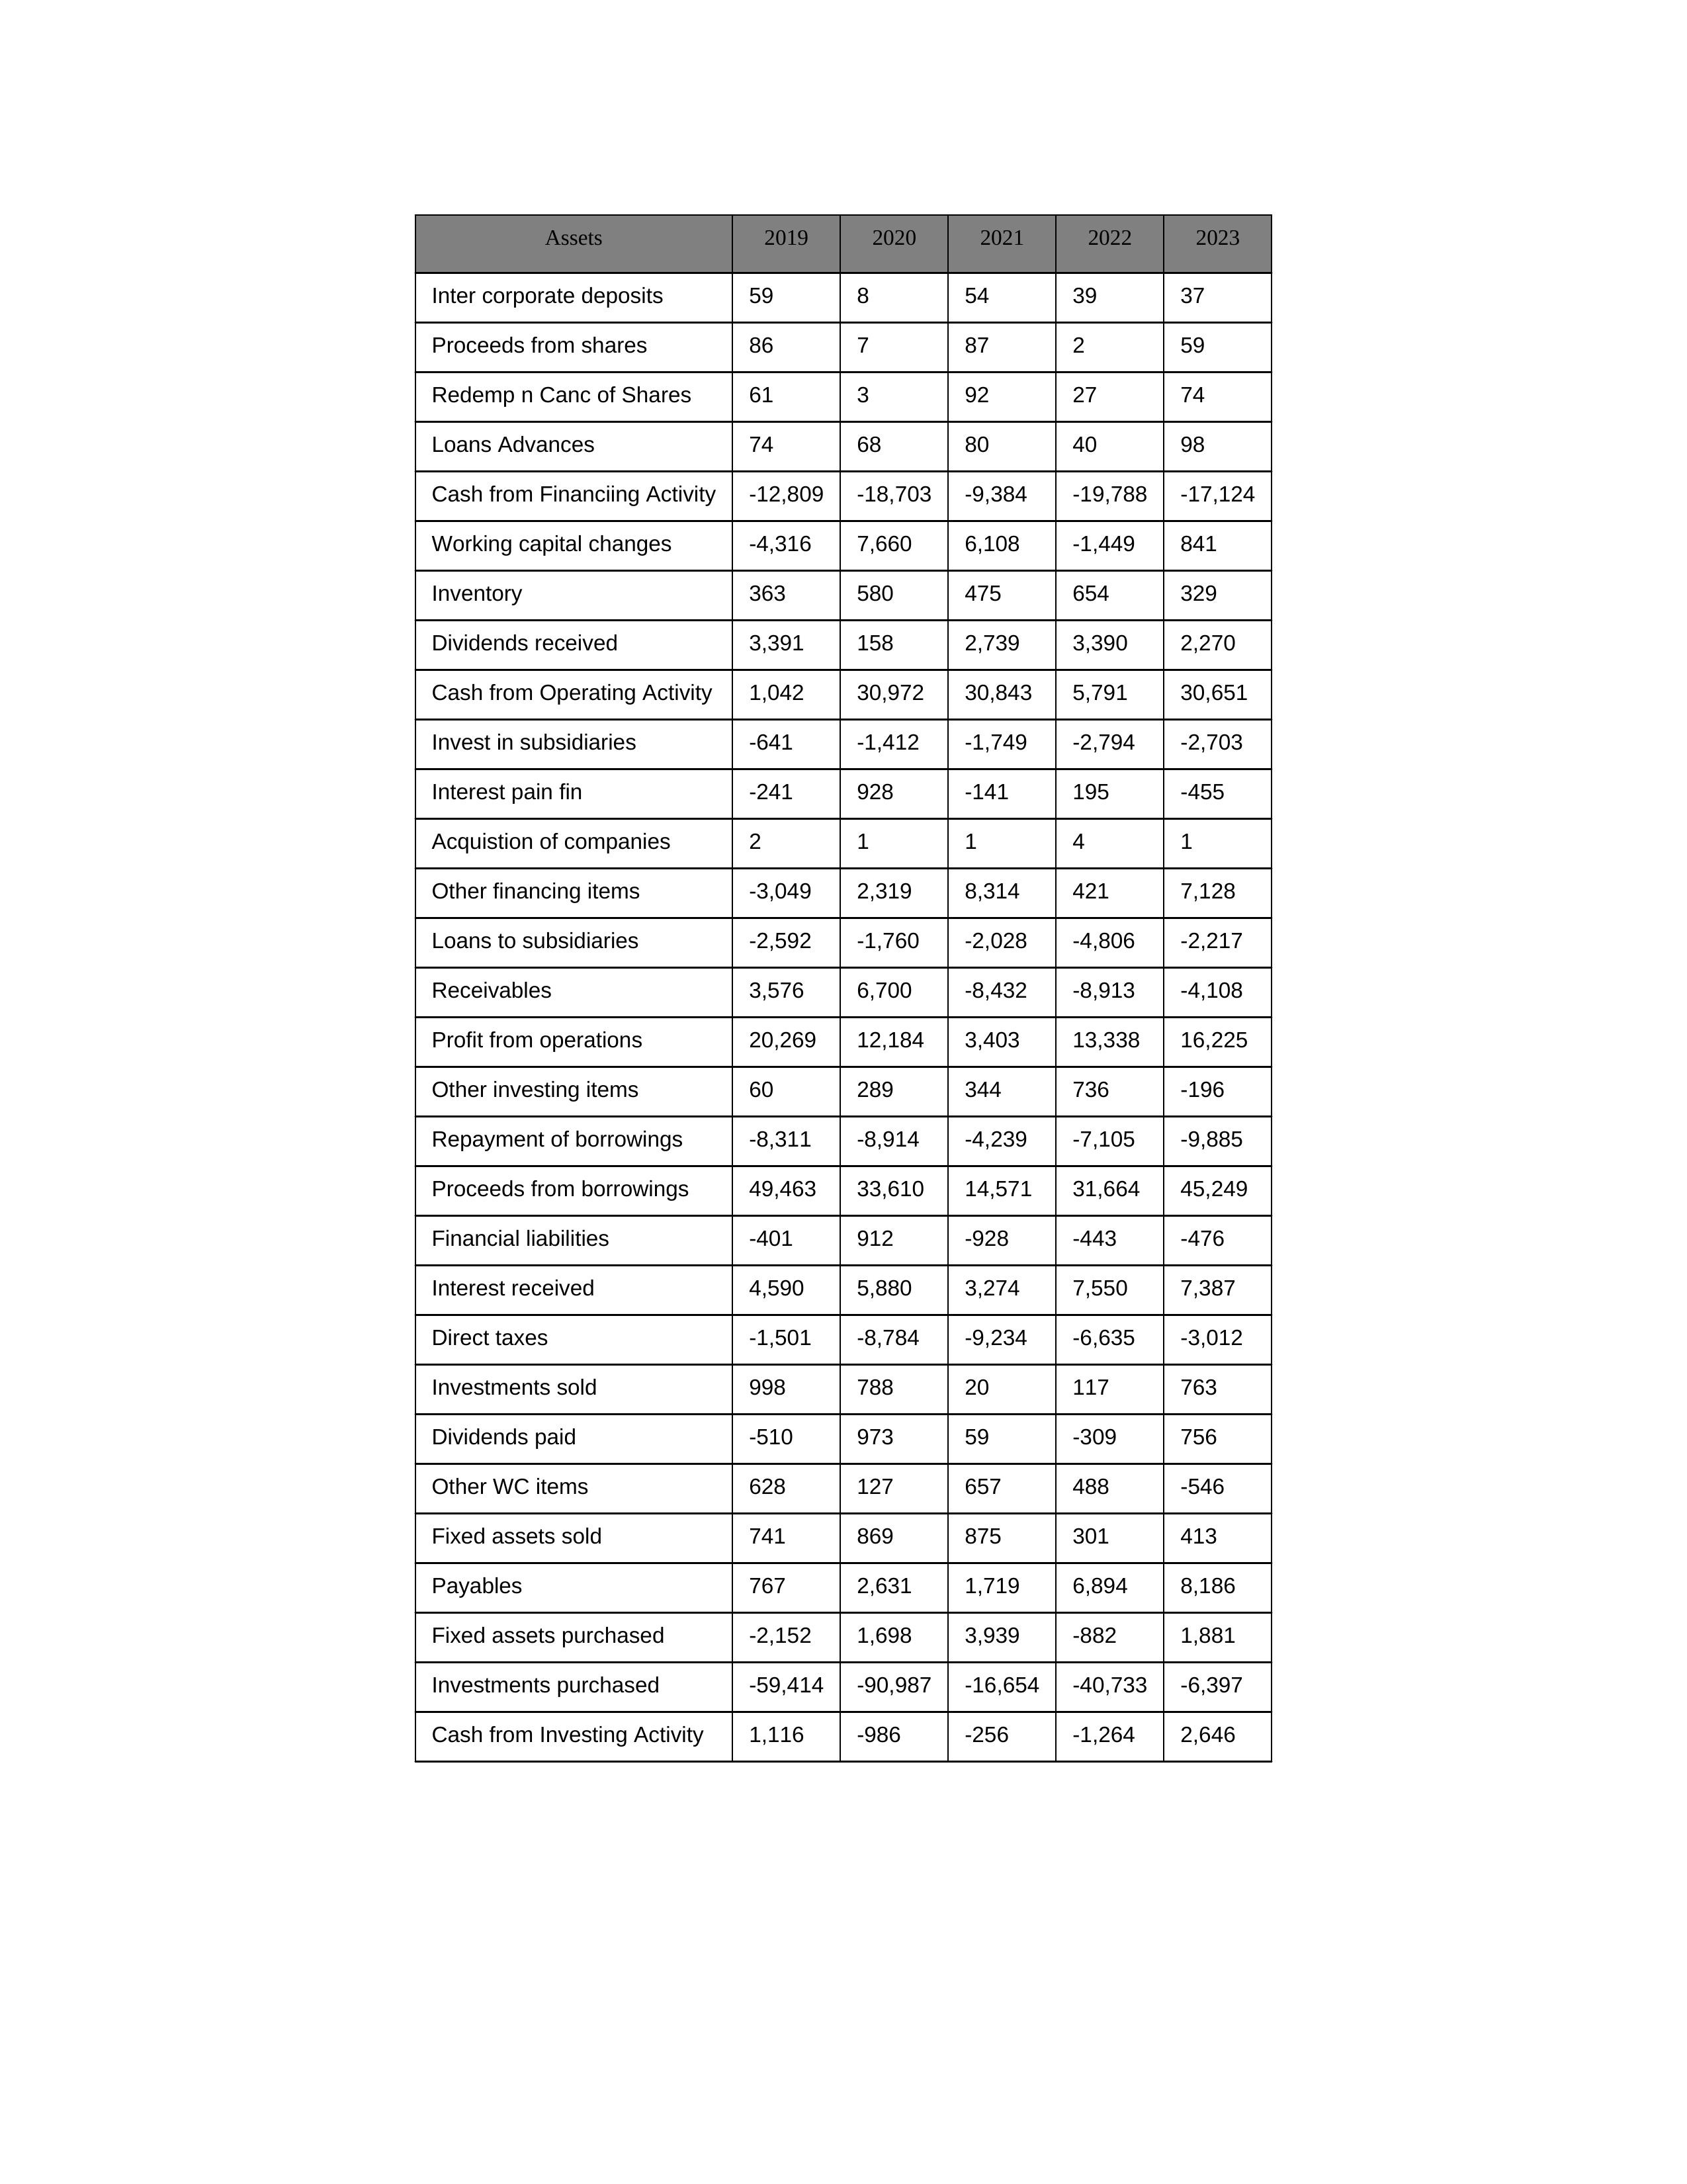
gt_parse: 2019: Cash from Operating Activity: 1,042
Profit from operations: 20,269
Receivables: 3,576
Inventory: 363
Payables: 767
Loans Advances: 74
Other WC items: 628
Working capital changes: -4,316
Direct taxes: -1,501
Cash from Investing Activity: 1,116
Fixed assets purchased: -2,152
Fixed assets sold: 741
Investments purchased: -59,414
Investments sold: 998
Interest received: 4,590
Dividends received: 3,391
Invest in subsidiaries: -641
Loans to subsidiaries: -2,592
Redemp n Canc of Shares: 61
Acquistion of companies: 2
Inter corporate deposits: 59
Other investing items: 60
Cash from Financiing Activity: -12,809
Proceeds from shares: 86
Proceeds from borrowings: 49,463
Repayment of borrowings: -8,311
Interest pain fin: -241
Dividends paid: -510
Financial liabilities: -401
Other financing items: -3,049
2020: Cash from Operating Activity: 30,972
Profit from operations: 12,184
Receivables: 6,700
Inventory: 580
Payables: 2,631
Loans Advances: 68
Other WC items: 127
Working capital changes: 7,660
Direct taxes: -8,784
Cash from Investing Activity: -986
Fixed assets purchased: 1,698
Fixed assets sold: 869
Investments purchased: -90,987
Investments sold: 788
Interest received: 5,880
Dividends received: 158
Invest in subsidiaries: -1,412
Loans to subsidiaries: -1,760
Redemp n Canc of Shares: 3
Acquistion of companies: 1
Inter corporate deposits: 8
Other investing items: 289
Cash from Financiing Activity: -18,703
Proceeds from shares: 7
Proceeds from borrowings: 33,610
Repayment of borrowings: -8,914
Interest pain fin: 928
Dividends paid: 973
Financial liabilities: 912
Other financing items: 2,319
2021: Cash from Operating Activity: 30,843
Profit from operations: 3,403
Receivables: -8,432
Inventory: 475
Payables: 1,719
Loans Advances: 80
Other WC items: 657
Working capital changes: 6,108
Direct taxes: -9,234
Cash from Investing Activity: -256
Fixed assets purchased: 3,939
Fixed assets sold: 875
Investments purchased: -16,654
Investments sold: 20
Interest received: 3,274
Dividends received: 2,739
Invest in subsidiaries: -1,749
Loans to subsidiaries: -2,028
Redemp n Canc of Shares: 92
Acquistion of companies: 1
Inter corporate deposits: 54
Other investing items: 344
Cash from Financiing Activity: -9,384
Proceeds from shares: 87
Proceeds from borrowings: 14,571
Repayment of borrowings: -4,239
Interest pain fin: -141
Dividends paid: 59
Financial liabilities: -928
Other financing items: 8,314
2022: Cash from Operating Activity: 5,791
Profit from operations: 13,338
Receivables: -8,913
Inventory: 654
Payables: 6,894
Loans Advances: 40
Other WC items: 488
Working capital changes: -1,449
Direct taxes: -6,635
Cash from Investing Activity: -1,264
Fixed assets purchased: -882
Fixed assets sold: 301
Investments purchased: -40,733
Investments sold: 117
Interest received: 7,550
Dividends received: 3,390
Invest in subsidiaries: -2,794
Loans to subsidiaries: -4,806
Redemp n Canc of Shares: 27
Acquistion of companies: 4
Inter corporate deposits: 39
Other investing items: 736
Cash from Financiing Activity: -19,788
Proceeds from shares: 2
Proceeds from borrowings: 31,664
Repayment of borrowings: -7,105
Interest pain fin: 195
Dividends paid: -309
Financial liabilities: -443
Other financing items: 421
2023: Cash from Operating Activity: 30,651
Profit from operations: 16,225
Receivables: -4,108
Inventory: 329
Payables: 8,186
Loans Advances: 98
Other WC items: -546
Working capital changes: 841
Direct taxes: -3,012
Cash from Investing Activity: 2,646
Fixed assets purchased: 1,881
Fixed assets sold: 413
Investments purchased: -6,397
Investments sold: 763
Interest received: 7,387
Dividends received: 2,270
Invest in subsidiaries: -2,703
Loans to subsidiaries: -2,217
Redemp n Canc of Shares: 74
Acquistion of companies: 1
Inter corporate deposits: 37
Other investing items: -196
Cash from Financiing Activity: -17,124
Proceeds from shares: 59
Proceeds from borrowings: 45,249
Repayment of borrowings: -9,885
Interest pain fin: -455
Dividends paid: 756
Financial liabilities: -476
Other financing items: 7,128